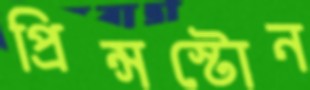
প্রিন্সস্টোন